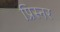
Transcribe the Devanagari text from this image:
प्रिस्नर